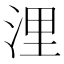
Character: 浬